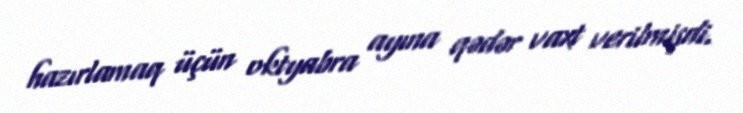
hazırlamaq üçün oktyabra ayına qədər vaxt verilmişdi.